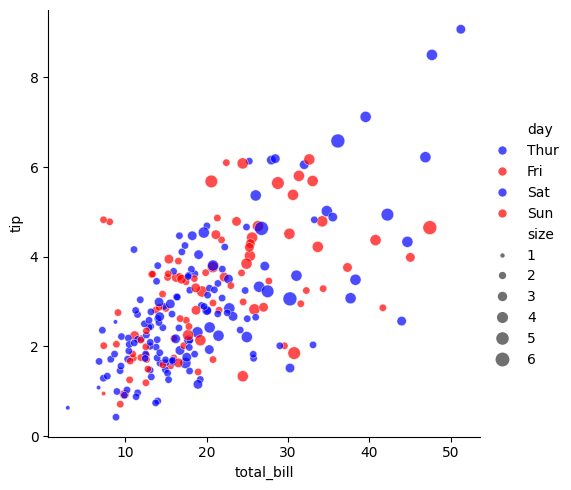
python, seaborn, relplot, alpha=0.7